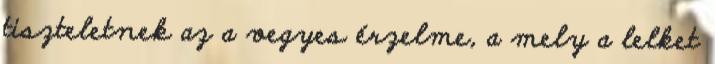
tiszteletnek az a vegyes érzelme, a mely a lelket